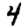
Digit: 4